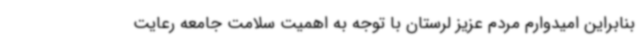
بنابراین امیدوارم مردم عزیز لرستان با توجه به اهمیت سلامت جامعه رعایت